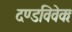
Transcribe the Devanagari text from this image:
दण्डविवेकः